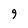
Character: 9